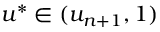
u ^ { * } \in ( u _ { n + 1 } , 1 )